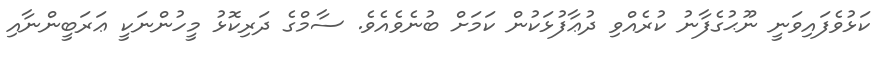
ކަޅުވެފައިވަނީ ނޫޙުގެފާނު ކުރެއްވި ދުޢާފުޅަކުން ކަމަށް ބުނެވެއެވެ. ސާމްގެ ދަރިކޮޅު މީހުންނަކީ ޢަރަބީންނާއި